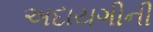
અદાયગીની